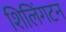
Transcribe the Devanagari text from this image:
शिलिंगटन